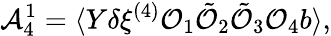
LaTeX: {\cal A}_{4}^{1}=\langle Y\delta\xi^{(4)}{\cal O}_{1}\tilde{{\cal O}}_{2}\tilde{{\cal O}}_{3}{\cal O}_{4}b\rangle,